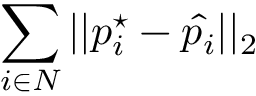
\sum _ { i \in N } { | | p _ { i } ^ { \star } - \hat { p _ { i } } | | _ { 2 } }